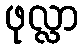
ဖုလ္လာ